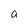
Character: a